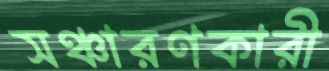
সঞ্চারণকারী